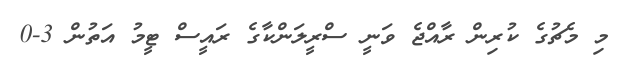
މި މެޗުގެ ކުރިން ރާއްޖެ ވަނީ ސްރީލަންކާގެ ރައީސް ޓީމު އަތުން 3-0